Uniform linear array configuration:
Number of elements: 48
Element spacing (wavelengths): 1
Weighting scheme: hann
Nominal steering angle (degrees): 0
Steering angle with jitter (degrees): -1.719
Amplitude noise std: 0.05
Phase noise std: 0.05

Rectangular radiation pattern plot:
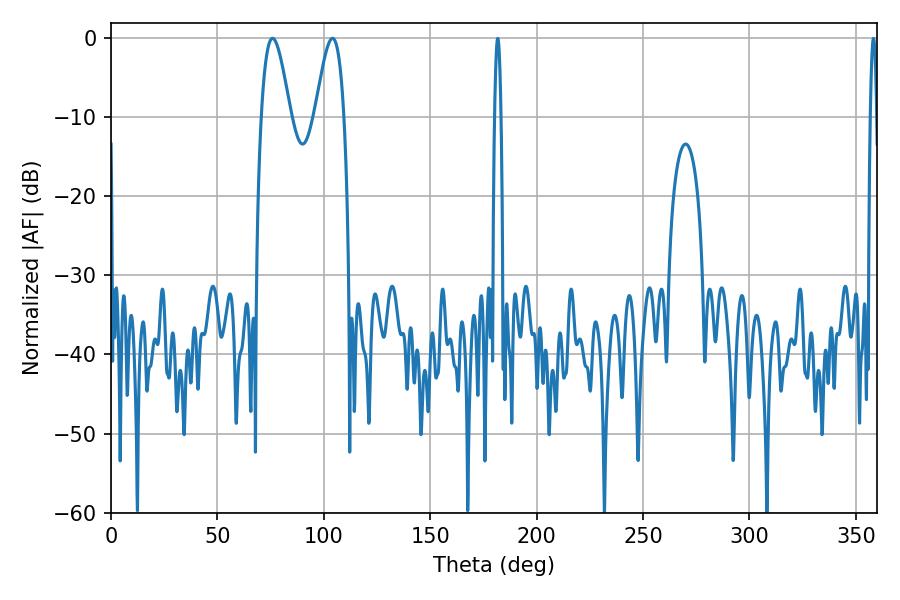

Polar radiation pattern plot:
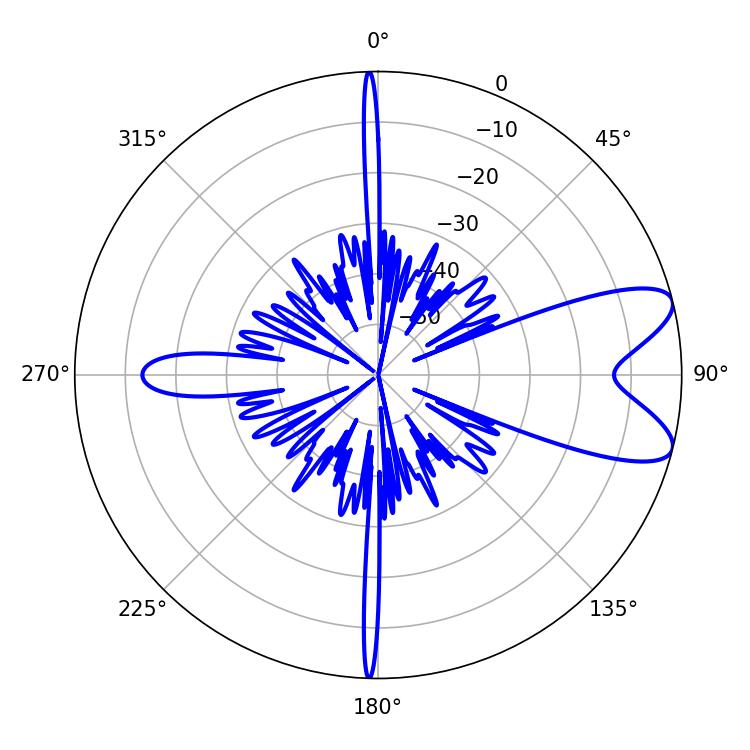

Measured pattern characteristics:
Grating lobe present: TRUE
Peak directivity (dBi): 8.671
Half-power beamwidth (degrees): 7.38
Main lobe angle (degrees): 75.96